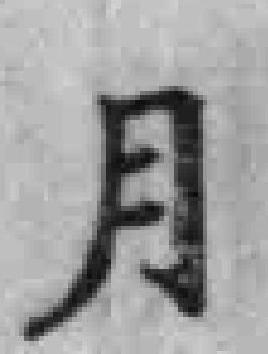
月